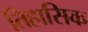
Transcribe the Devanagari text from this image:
तिहासिक